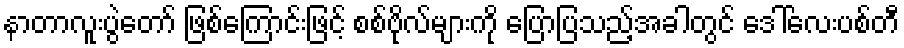
နာတာလူးပွဲတော် ဖြစ်ကြောင်းဖြင့် စစ်ဗိုလ်များကို ပြောပြသည့်အခါတွင် ဒေါ်လေးပစ်တီ